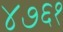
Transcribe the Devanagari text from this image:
४७६१